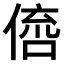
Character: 𠋭